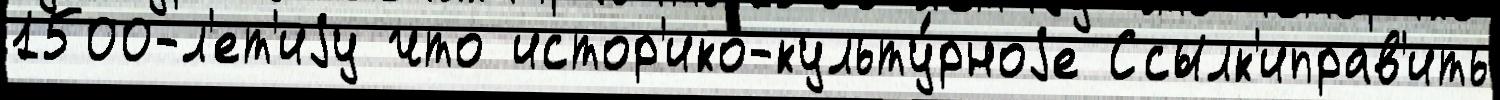
1500-л'ет'иjу что истор'ико-культу́рноjе Ссылк'иправ'ить